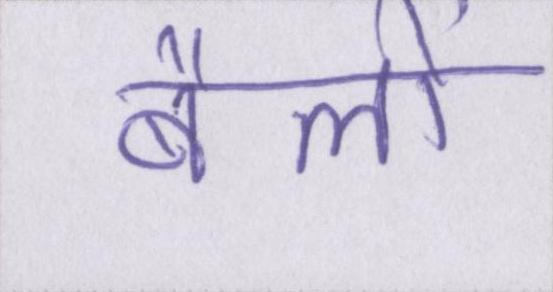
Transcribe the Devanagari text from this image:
बैलों